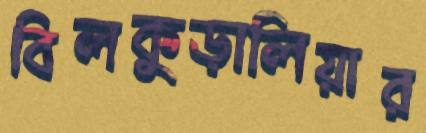
বিলকুড়ালিয়ার